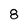
Character: 8